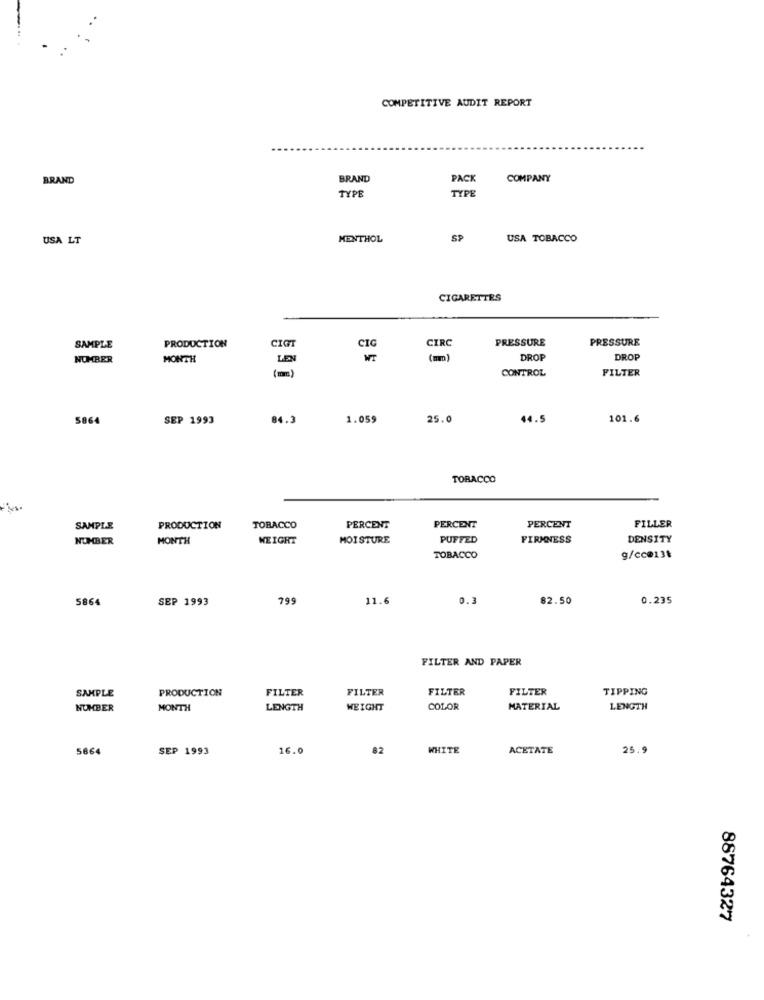
COMPETITIVE AUDIT REPORT
BRAND
BRAND
PACK
COMPANY
TYPE
TYPE
USA LT
MENTHOL
SP
USA TOBACCO
CIGARETTES
PRESSURE
PRESSURE
SAMPLE
PRODUCTION
CIGT
CIG
CIRC
NOMBER
MONTH
LEN
(mm)
DROP
DROP
(mm)
CONTROL
FILTER
5864
SEP 1993
84.3
1.059
25.0
44.5
101.6
TOBACCO
SAMPLE
PRODUCTION
TOBACCO
PERCENT
PERCENT
PERCENT
FILLER
NUMBER
MONTH
WEIGHT
MOISTURE
PUFFED
FIRMNESS
DENSITY
TOBACCO
g/cc@13t
5864
SEP 1993
799
11.6
0.3
82.50
0.235
FILTER AND PAPER
PRODUCTION
FILTER
FILTER
FILTER
FILTER
TIPPING
SAMPLE
NUMBER
MONTH
LENGTH
WEIGHT
COLOR
MATERIAL
LENGTH
5864
SEP 1993
16.0
82
WHITE
ACETATE
25.9
88764327